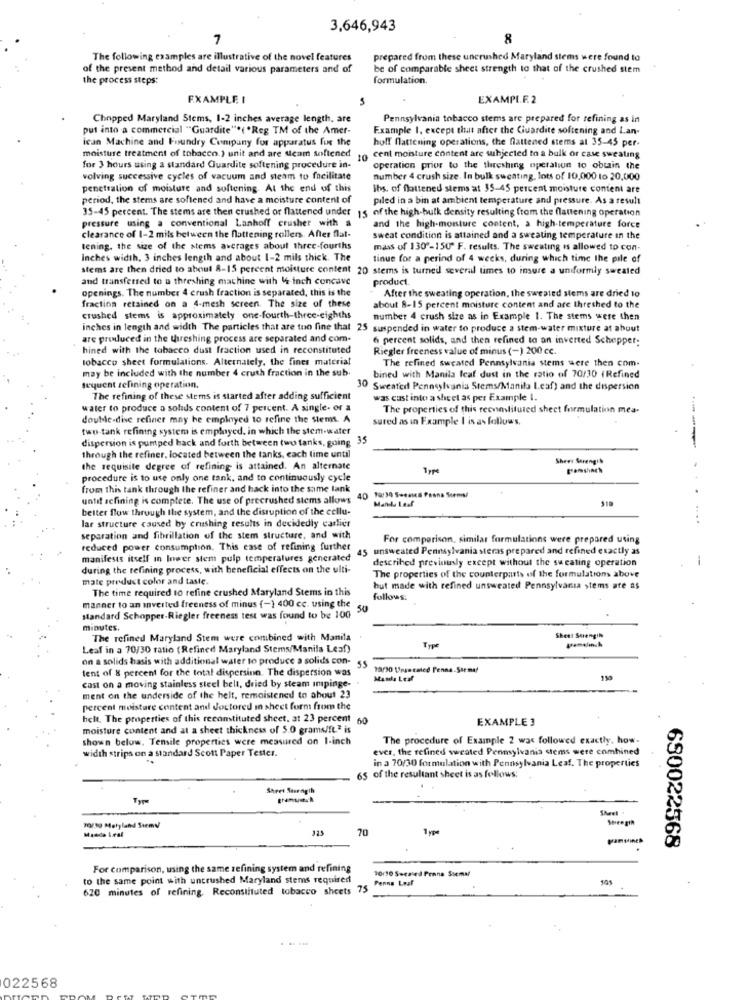
3,646,943
7
8
The following examples are illustrative of the novel features
prepared from these uncrushed Maryland stems were found to
of the present method and detail various parameters and of
be of comparable sheet strength to that of the crushed stem
the process steps:
formulation.
EXAMPLE I
EXAMPLE.2
Chopped Maryland Stems, 1-2 inches average length, are
Pennsylvania tobacco stems are prepared for refining as in
put into a commercial ""Guardite"*( *Reg TM of the Amer-
Example I, except that after the Guardite softening and Lan-
ican Machine and Foundry Company for apparatus fue the
hoff flattening operations, the flattened stems at 35-45 per-
moisture treatment of tobacco.) unit and are Neam softened
10 cent moisture content are subjected to a bulk or case sweating
for 3 hours using a standard Guardite softening procedure in-
operation prior to the threshing operation to obtain the
volving successive cycles of vacuum and steam to facilitate
number 4 crush size. In bulk sweating, lots of 10,000 to 20,000
penetration of moisture and softening. At the end of this
Ihs, of flattened stems at 35-45 percent moisture content are
period, the stems are softened and have a moisture content of
piled in a bin at ambient temperature and pressure. As a result
35-45 percent. The stems are then crushed or flattened under
15 of the high-bulk density resulting from the flattening operation
pressure using a conventional Lanhoff crusher with a
and the high-moisture content, a high-temperature force
clearance of 1-2 mils between the fattening rollers. After flat-
sweat condition is attained and a sweating temperature in the
tening, the size of the stems averages about three-fourths
mass of 130 -150" F. results. The sweating is allowed to con-
inches width, 3 inches length and about 1-2 mils thick. The
tinue for a perind of 4 weeks, during which time the pile of
stems are then dried to about 8-15 percent moisture content 20 stems is turned several times to insure a uniformly sweated
and transferred to a threshing machine with 4 inch concave
product.
openings. The number 4 crush fraction is separated, this is the
After the sweating operation, the sweated stems are dried 10
fraction retained on a 4-mesh screen. The size of these
about 8-15 percent moisture content and are threshed to the
crushed stems is approximately one-fourth-three-eighths
number 4 crush size as in Example 1. The stems were then
inches in length and width The particles that are too fine that 25 suspended in water to produce a stem-water mixture at about
are produced in the threshing process are separated and com-
6 percent solids, and then refined to an inverted Schepper:
hined with the tobacco dust fraction used in reconstituted
Riegler freeness value of minus (-) 200 cc.
tobacco sheet formulations. Alternately, the finer material
The refined sweated Pennsylvania stems were then com.
may be included with the number 4 cruth fraction in the sub
bined with Manila Ical dust in the ratio of 70/30 (Refined
sequent selining operation.
30 Sweated Pennsylvania Stems/Manila Leaf) and the dispersion
The refining of these stems is started after adding sufficient
was cast into a sheet as per Example I.
water to produce a solids content of 7 percent. A single- or a
The properties of this recnelituted sheet formulation mea-
double-disc refiner may be employed to refine the stems. A
sured as in Example I is as follows,
two-tank refining system is employed. in which the stem-water
dispersion is pumped back and forth between two tanks, going
3
through the refiner. located between the tanks, each time until
Shees Serengil
the requisite degree of refining is attained. An alternate
tramshinch
procedure is to use only one tank, and to continuously cycle
from this tank through the refiner and hack into the same tank
until scfining is complete. The use of precrushed stems allows
Mandu Laaf
518
better flow through the system, and the disruption of the cellu-
. ....
lar structure caused by crushing results in decidedly carlier
separation and fibrillation of the stem structure, and with
For comparison, similar formulations were prepared using
reduced power consumption. This case of refining further
45
unsweated Pennsylvania steras prepared and refined exactly as
manifests itself in Inwer stem pulp temperatures generated
described previously except without the sweating operation
-
during the refining process, with beneficial effects on the ulti-
mate preduct color and taste.
The properties of the counterparts of the formulations above
The time required to refine crushed Maryland Stems in this
but made with refined unsweated Pennsylvania stems are as
follows:
manner to an inverted freeness of minus (-) 400 cc. using the
standard Schopper-Riegler freeness test was found to be 100
minutes.
The refined Maryland Stem were combined with Manila
Sheet Suiengin
Leaf in a 70/30 ratio (Refined Maryland Stems/Manila Leaf)
Type
on a solids basis with additional water to produce a solids con-
55
tent of 8 percent for the total dispersion. The dispersion was
Manda Leaf
150
cast on a moving stainless steel bell, dried by steam impinge-
ment on the underside of the helt, remaistened to about 23
percent moisture content and Joctored in sheet form from the
helt. The properties of this reconstituted sheet, at 23 percent 60
EXAMPLE 3
moisture content and at a sheet thickness of 5.0 grams/ft" is
shown below. Tensile properties were measured on 1-inch
The procedure of Example 2 was followed exactly, how-
width strips on a standard Scott Paper Tester.
ever, the refined sweated Pennsylvania stems were combined
in a 70/30 formulation with Pennsylvania Leaf. The properties
65 of the resultant sheet is as follows:
Sheet Saurnigth
Sheel .
SHen gin
10/10 Mehyland Siemy
Masde Lest
325
70
1 ype
680022568
For comparison, using the same refining system and refining
10110 Secaled Penna Ssemar
to the same point with uncrushed Maryland stems required
Penne Leaf
620 minutes of refining. Reconstituted tobacco sheets 75
. .. ....
022568